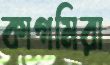
কাগমিরা